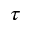
\tau